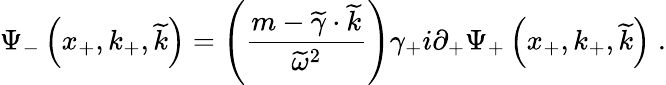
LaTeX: \Psi_{-}\left(x_{+},k_{+},\widetilde{k}\right)=\left({\frac{m-\widetilde{\gamma}\cdot\widetilde{k}}{\widetilde{\omega}^{2}}}\right)\gamma_{+}i\partial_{+}\Psi_{+}\left(x_{+},k_{+},\widetilde{k}\right)\; .